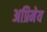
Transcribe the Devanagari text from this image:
अप्रिमेय